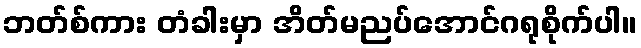
ဘတ်စ်ကား တံခါးမှာ အိတ်မညပ်အောင်ဂရုစိုက်ပါ။